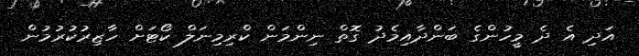
އަދި އެ ދެ މީހުންގެ ބަންދާއިމެދު ގޮތް ނިންމަން ކްރިމިނަލް ކޯޓަށް ހާޒިރުކުރުމުން